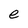
Character: e